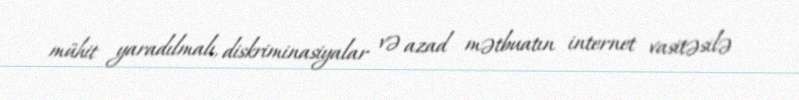
mühit yaradılmalı, diskriminasiyalar və azad mətbuatın internet vasitəsilə